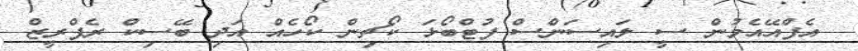
އެފްއޭއެމުން ސީ ލައިސަންސް ފުޓްބޯޅަ ކޯޗިން ކޯހެއް އަދި ބޭސިކް ރެފްރީޒް